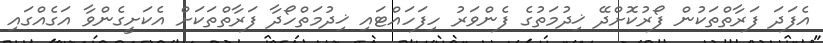
އެފަދަ ފަރާތްތަކުން ފޯރުކޮށްދޭ ޚިދުމަތުގެ ފެންވަރު ހިފަހައްޓައި ޚިދުމަތްހޯދާ ފަރާތްތަކަށް އެކަށީގެންވާ އަގެއްގައި